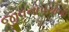
જીવનોપયોગી